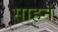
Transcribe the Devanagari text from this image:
साहन